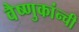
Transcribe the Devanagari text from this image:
वैष्णुकांन्ची